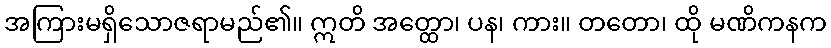
အကြားမရှိသောဇရာမည်၏။ ဣတိ အတ္ထော၊ ပန၊ ကား။ တတော၊ ထို မဏိကနက